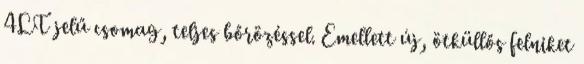
4LT jelű csomag, teljes bőrözéssel. Emellett új, ötküllős felniket